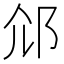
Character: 𨚐